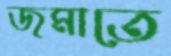
জমাতে